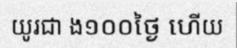
យូរជា ង១០០ថ្ងៃ ហើយ